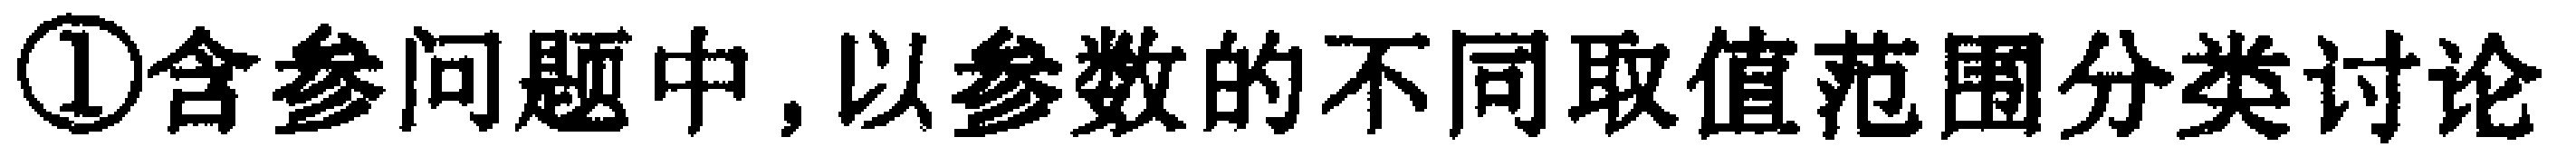
\textcircled{1}含参问题中, 以参数的不同取值范围分类讨论